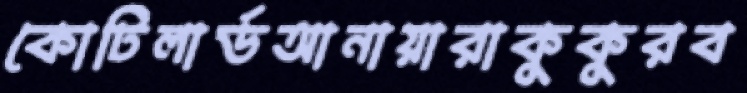
কোটিলার্ডআনায়ারাকুকুরব